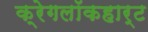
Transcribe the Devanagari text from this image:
क्रेगलॉकहार्ट